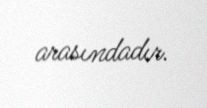
arasındadır.